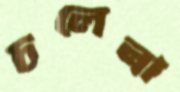
চলেনা